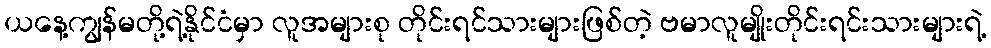
ယနေ့ကျွန်မတို့ရဲ့နိုင်ငံမှာ လူအများစု တိုင်းရင်သားများဖြစ်တဲ့ ဗမာလူမျိုးတိုင်းရင်းသားများရဲ့